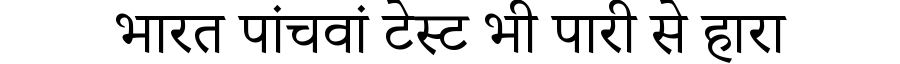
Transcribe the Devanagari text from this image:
भारत पांचवां टेस्ट भी पारी से हारा